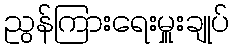
ညွန်ကြားရေးမှူးချုပ်